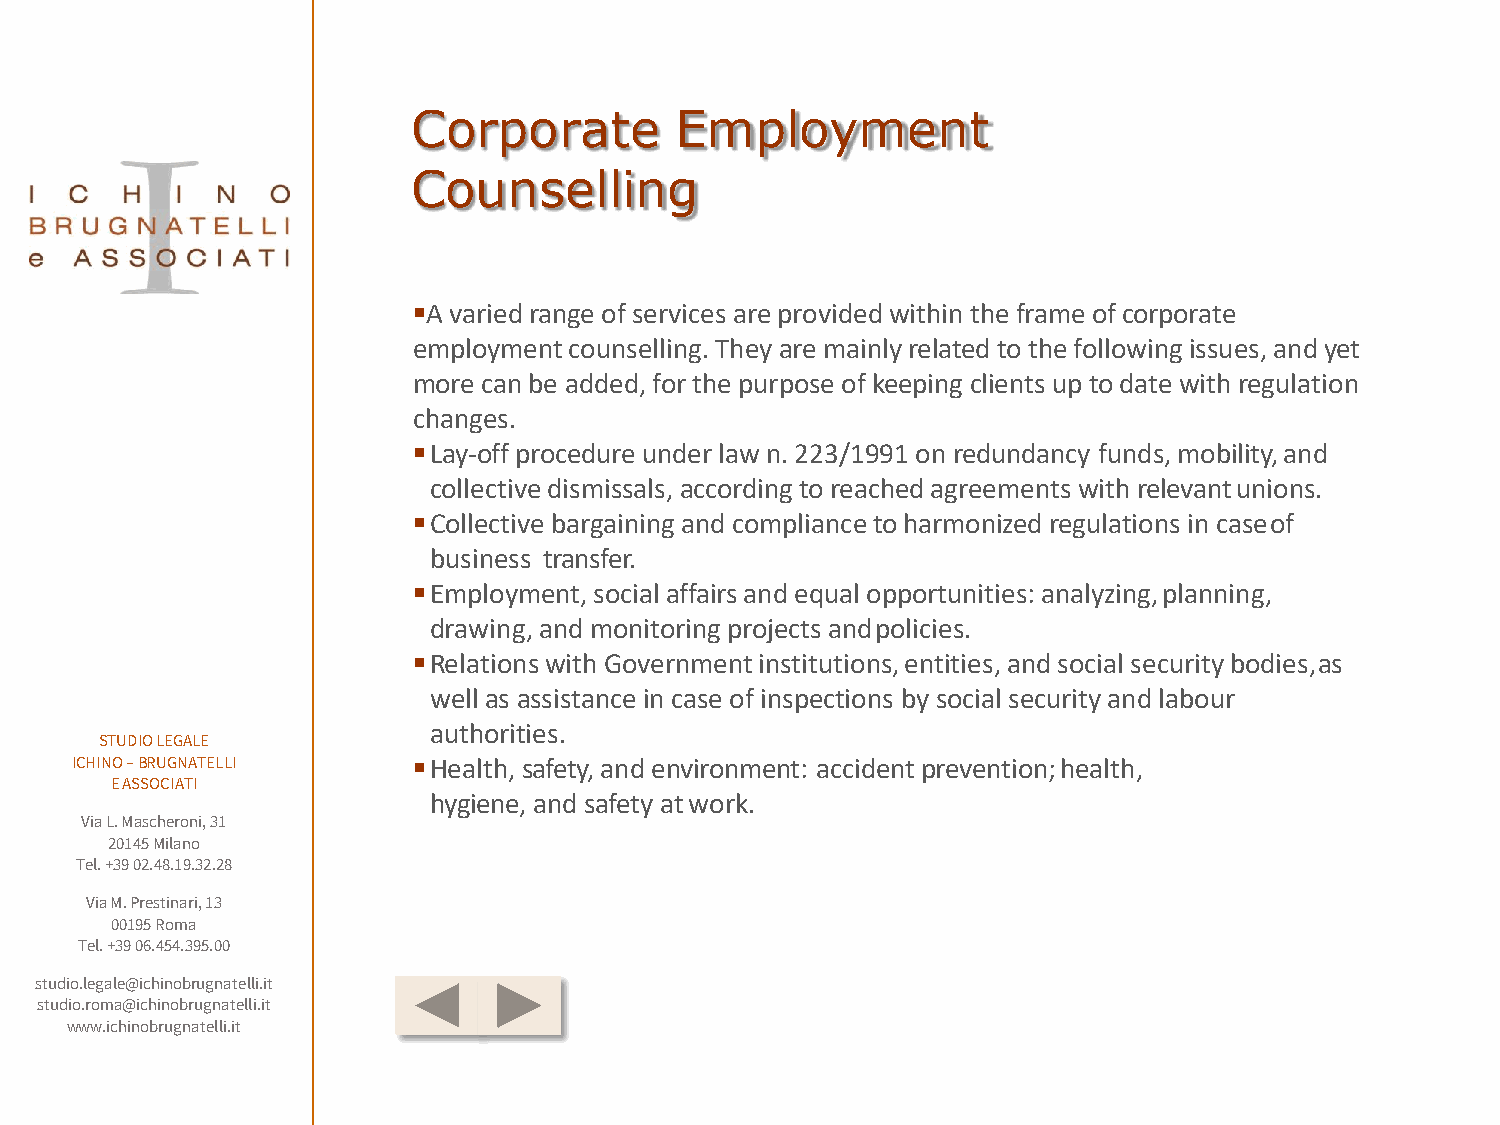
Corporate         Employment
 Counselling
 A varied range of services are provided within the frame of corporate
 employment counselling. They are mainly related to the following issues, and yet
 more can be added, for the purpose of keeping clients up to date with regulation
 changes.
 Lay-off procedure under law n. 223/1991 on redundancy funds, mobility, and
 collective dismissals, according to reached agreements with relevantunions.
 Collective bargaining and compliance to harmonized regulations in caseof
 business transfer.
 Employment, social affairs and equal opportunities: analyzing,planning,
 drawing, and monitoring projects andpolicies.
 Relations with Government institutions, entities, and social security bodies,as
 well as assistance in case of inspections by social security and labour
 authorities.
 STUDIO LEGALE
 ICHINO –BRUGNATELLI   Health, safety, and environment: accident prevention;health,
 E ASSOCIATI
 hygiene, and safety atwork.
 Via L. Mascheroni, 31
 20145 Milano
 Tel. +39 02.48.19.32.28
 Via M. Prestinari, 13
 00195 Roma
 Tel. +39 06.454.395.00
 studio.legale@ichinobrugnatelli.it
 studio.roma@ichinobrugnatelli.it
 www.ichinobrugnatelli.it